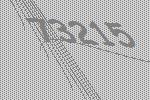
73215